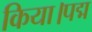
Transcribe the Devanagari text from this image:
किया।पद्म